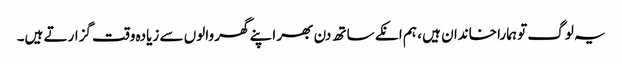
یہ لوگ تو ہمارا خاندان ہیں ، ہم انکے ساتھ دن بھر اپنے گھر والوں سے زیادہ وقت گزارتے ہیں۔